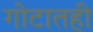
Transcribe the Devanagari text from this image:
गोटातही